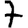
Digit: 7